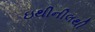
ઇથીનીલથી